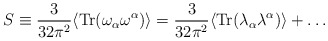
\begin{align*}S \equiv \frac{3}{32 \pi^2} \langle {\rm Tr} (\omega_{\alpha} \omega^{\alpha}) \rangle = \frac{3}{32 \pi^2} \langle {\rm Tr} (\lambda_{\alpha} \lambda^{\alpha}) \rangle + \ldots\end{align*}